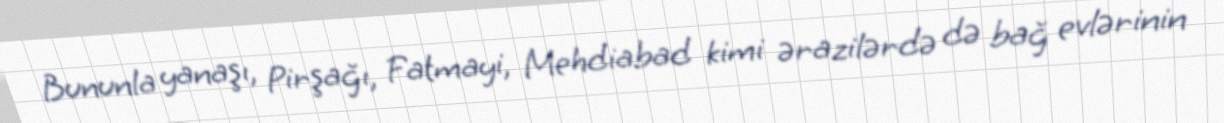
Bununla yanaşı, Pirşağı, Fatmayi, Mehdiabad kimi ərazilərdə də bağ evlərinin